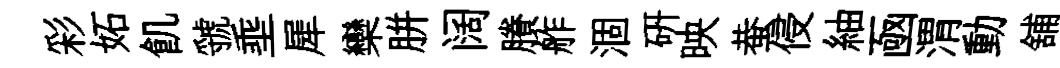
彩妬飢虢埀犀欒胼阔賸舴涸硏映蛬侵紬凾渭動舖